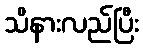
သိနားလည်ပြီး